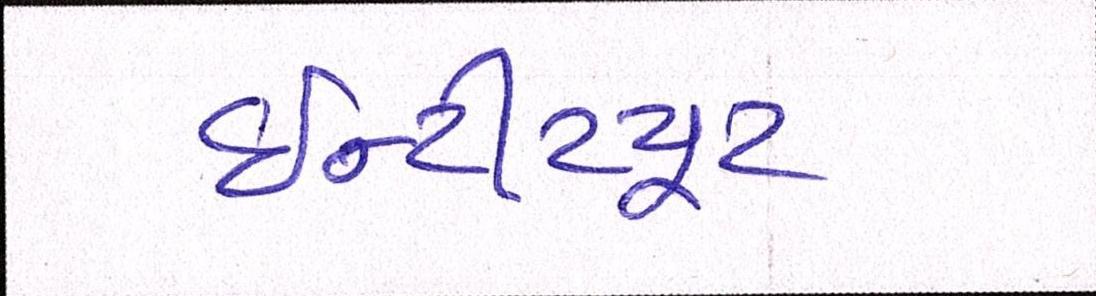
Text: ઇન્સ્ટીટયૂટ